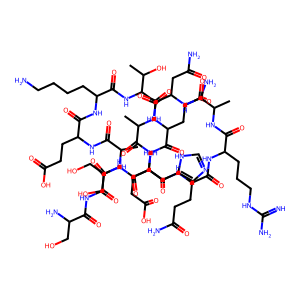
SMILES: CC(NC(=O)CNC(=O)C(N)CO)C(=O)NC(CCC(=O)O)C(=O)NC(CCCCN)C(=O)NC(C(=O)NC(CCC(N)=O)C(=O)NC(CCC(=O)O)C(=O)NC(CCC(N)=O)C(=O)NC(CCCNC(=N)N)C(=O)NC(C)C(=O)NC(CC(N)=O)C(=O)NC(C)C(=O)NC(Cc1cnc[nH]1)C(=O)NC(CO)C(=O)O)C(C)O
Inhibits HIV replication: No